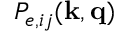
P _ { e , i j } ( \mathbf { k , q } )